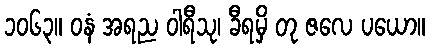
၁၀၆၃။ ဝနံ အရည ဝါရီသု၊ ခီရမှိ တု ဇလေ ပယော။